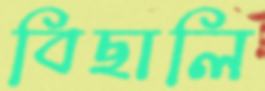
বিছালি